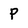
Character: p